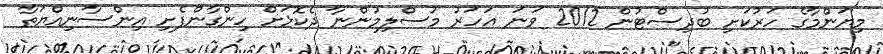
މިޔަންމާގެ ހަރުކަށި ބުދިސްޓުން 2012 ވަނަ އަހަރު މުސްލިމުންނާ ދެކޮޅަށް ހިންގާންފެށި އިންސާނިއްޔަތާ